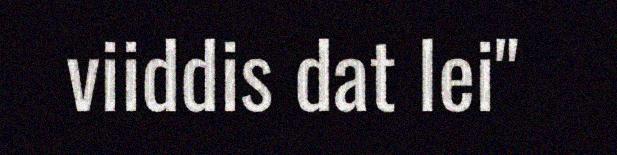
viiddis dat lei"